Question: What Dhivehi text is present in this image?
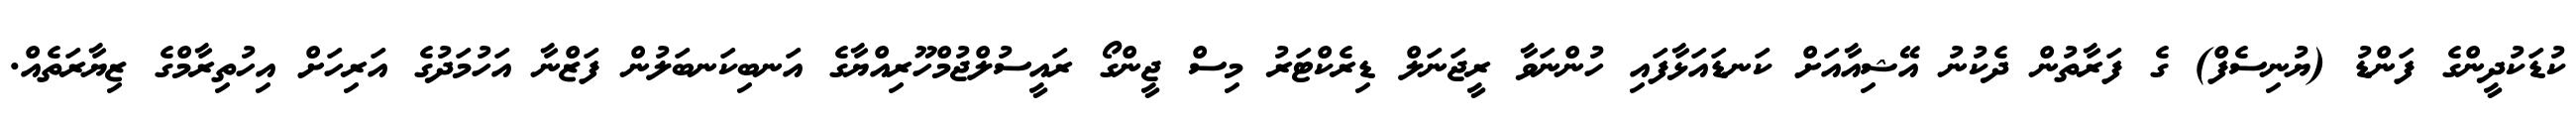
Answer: ކުޑަކުދީންގެ ފަންޑު (ޔުނިސެފް) ގެ ފަރާތުން ދެކުނު އޭޝިއާއަށް ކަނޑައަޅާފައި ހުންނަވާ ރީޖަނަލް ޑިރެކްޓަރު މިސް ޖީންގޯ ރައީސުލްޖުމްހޫރިއްޔާގެ އަނބިކަނބަލުން ފަޒްނާ އަހުމަދުގެ އަރިހަށް އިހުތިރާމްގެ ޒިޔާރަތެއް.